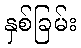
နှစ်ခြမ်း